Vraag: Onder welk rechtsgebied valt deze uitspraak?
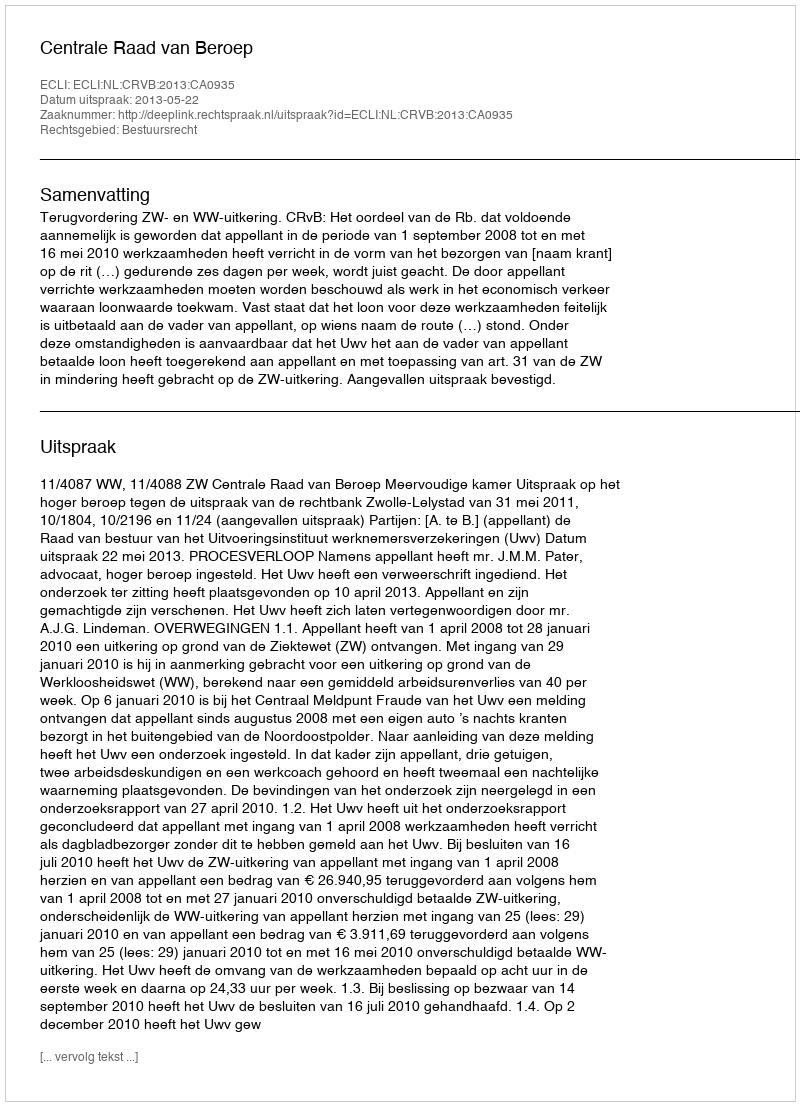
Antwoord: Bestuursrecht